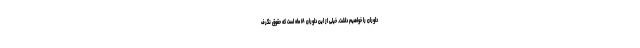
داوران را خواهیم داشت. خیلی از این داوران ۱۸ ماه است که حقوق نگرف